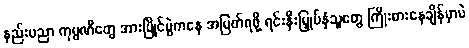
နည်းပညာ ကုမ္ပဏီတွေ အားပြိုင်ပွဲကနေ အမြတ်ရဖို့ ရင်းနှီးမြှုပ်နှံသူတွေ ကြိုးစားနေချိန်မှာပဲ